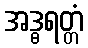
အဒ္ဓရတ္တံ